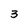
Character: 3